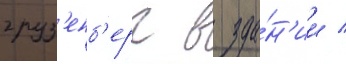
груз'енб'ерг в зда́н'ии /